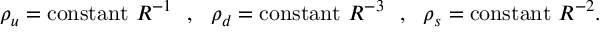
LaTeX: \rho _ { u } = \mathrm { c o n s t a n t ~ } R ^ { - 1 } ~ ~ , ~ ~ \rho _ { d } = \mathrm { c o n s t a n t ~ } R ^ { - 3 } ~ ~ , ~ ~ \rho _ { s } = \mathrm { c o n s t a n t ~ } R ^ { - 2 } .